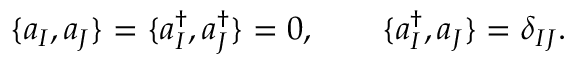
\{ a _ { I } , a _ { J } \} = \{ a _ { I } ^ { \dagger } , a _ { J } ^ { \dagger } \} = 0 , \qquad \{ a _ { I } ^ { \dagger } , a _ { J } \} = \delta _ { I J } .